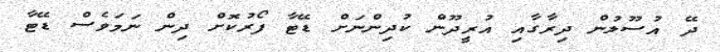
ދޭ އުސޫލުން ދިރާގާއި އުރީދޫން ކުދިންނަށް ޑޭޓާ ފޯރުކޮށް ދިން ނަމަވެސް ޑޭޓާ